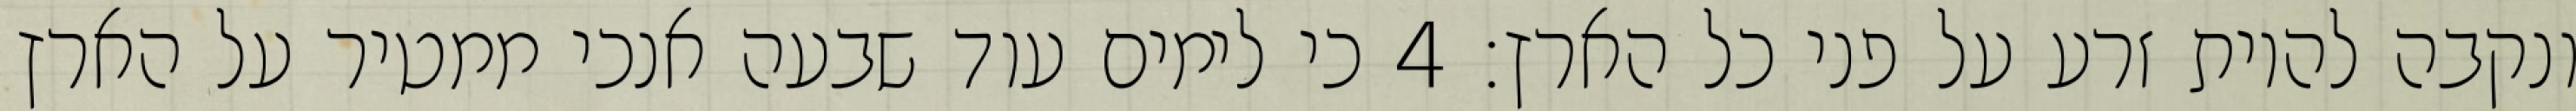
ונקבה להיות זרע על פני כל הארץ׃ ‎4‏ כי לימים עוד שבעה אנכי ממטיר על הארץ